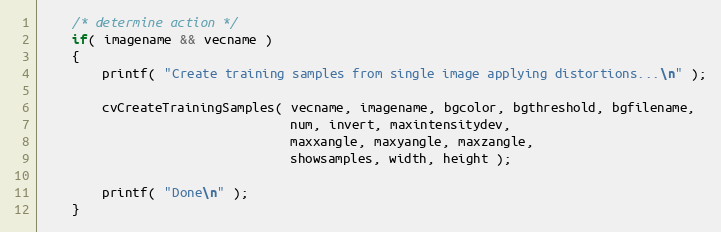
Language: C++
    /* determine action */
    if( imagename && vecname )
    {
        printf( "Create training samples from single image applying distortions...\n" );

        cvCreateTrainingSamples( vecname, imagename, bgcolor, bgthreshold, bgfilename,
                                 num, invert, maxintensitydev,
                                 maxxangle, maxyangle, maxzangle,
                                 showsamples, width, height );

        printf( "Done\n" );
    }